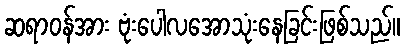
ဆရာဝန်အား ဗုံးပေါလအောသုံးနေခြင်းဖြစ်သည်။